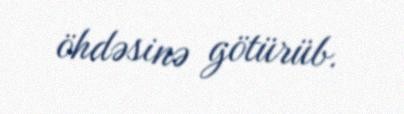
öhdəsinə götürüb.